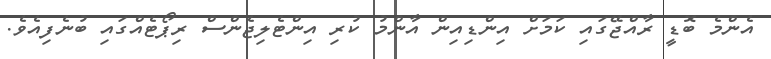
އެންމެ ބޮޑީ ރާއްޖޭގައި ކަމަށް އިންޑިއިން އާންމު ކުރި އިންޓެލިޖެންސް ރިޕޯޓެއްގައި ބުނެފިއެވެ.